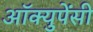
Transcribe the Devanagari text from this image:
अॉक्युपेंसी